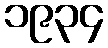
၁၉၃၄